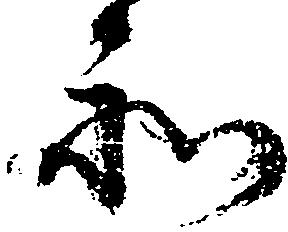
和